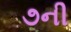
૭ની